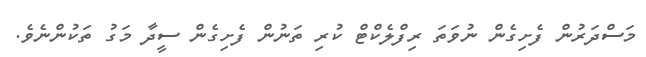
މަސްދަރުން ފެށިގެން ނުވަތަ ރިފްލެކްޓް ކުރި ތަނުން ފެށިގެން ސީދާ މަގު ތަކުންނެވެ.